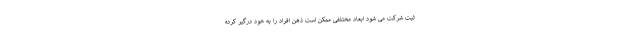
ثبت شرکت می شود ابعاد مختلفی ممکن است ذهن افراد را به خود درگیر کرده